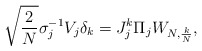
\begin{align*} \sqrt{\frac{2}{N}} \sigma_j^{-1} V_j \delta_k = J_j^k \Pi_j W_{N, \frac{k}{N}},\end{align*}